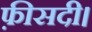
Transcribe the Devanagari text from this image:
फ़ीसदी।